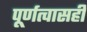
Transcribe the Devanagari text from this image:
पूर्णत्वासही